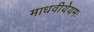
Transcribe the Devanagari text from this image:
माधवीयेयमः